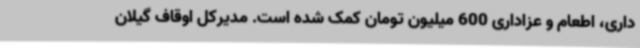
داری، اطعام و عزاداری 600 میلیون تومان کمک شده است. مدیرکل اوقاف گیلان